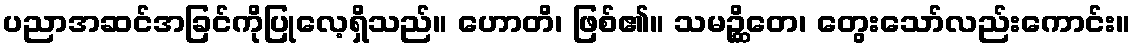
ပညာအဆင်အခြင်ကိုပြုလေ့ရှိသည်။ ဟောတိ၊ ဖြစ်၏။ သမဉ္ဆိတေ၊ တွေးသော်လည်းကောင်း။